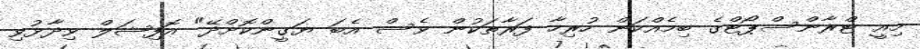
މިއީ ޓްރާންސްޕޯޓްގެ ބިމެއްކަން ހުރިހާ ފަރާތަކުން ވެސް އެބަ ޔަގީންކޮށްދޭ" އޮފިޝަލް ވިދާޅުވި